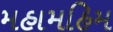
મહામહિમ